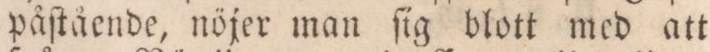
påſtående, nöjer man ſig blott med att